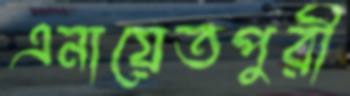
এনায়েতপুরী